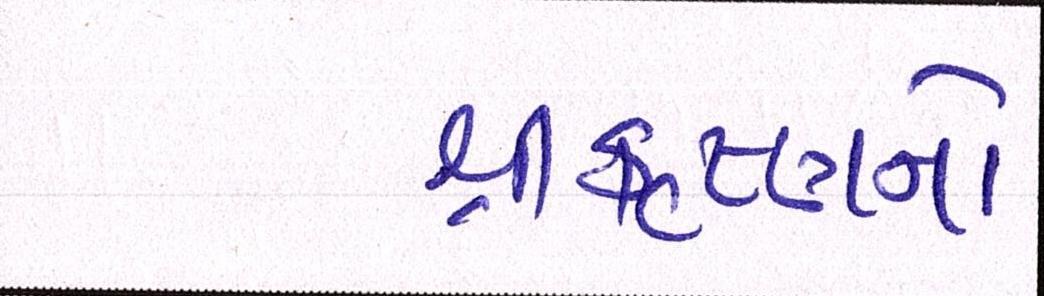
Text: શ્રીકૃષ્ણનો